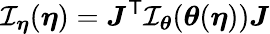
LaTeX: {\mathcal{I}}_{\boldsymbol{\eta}}({\boldsymbol{\eta}})={\boldsymbol{J}}^{\textsf{T}}{\mathcal{I}}_{\boldsymbol{\theta}}({\boldsymbol{\theta}}({\boldsymbol{\eta}})){\boldsymbol{J}}